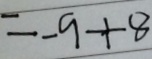
= - 9 + 8